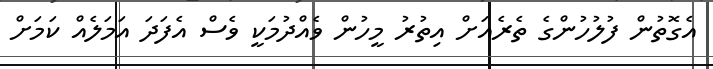
އެގޮތުން ފުލުހުންގެ ތެރެއަށް އިތުރު މީހުން ވެއްދުމަކީ ވެސް އެފަދަ އަމަލެއް ކަމަށް